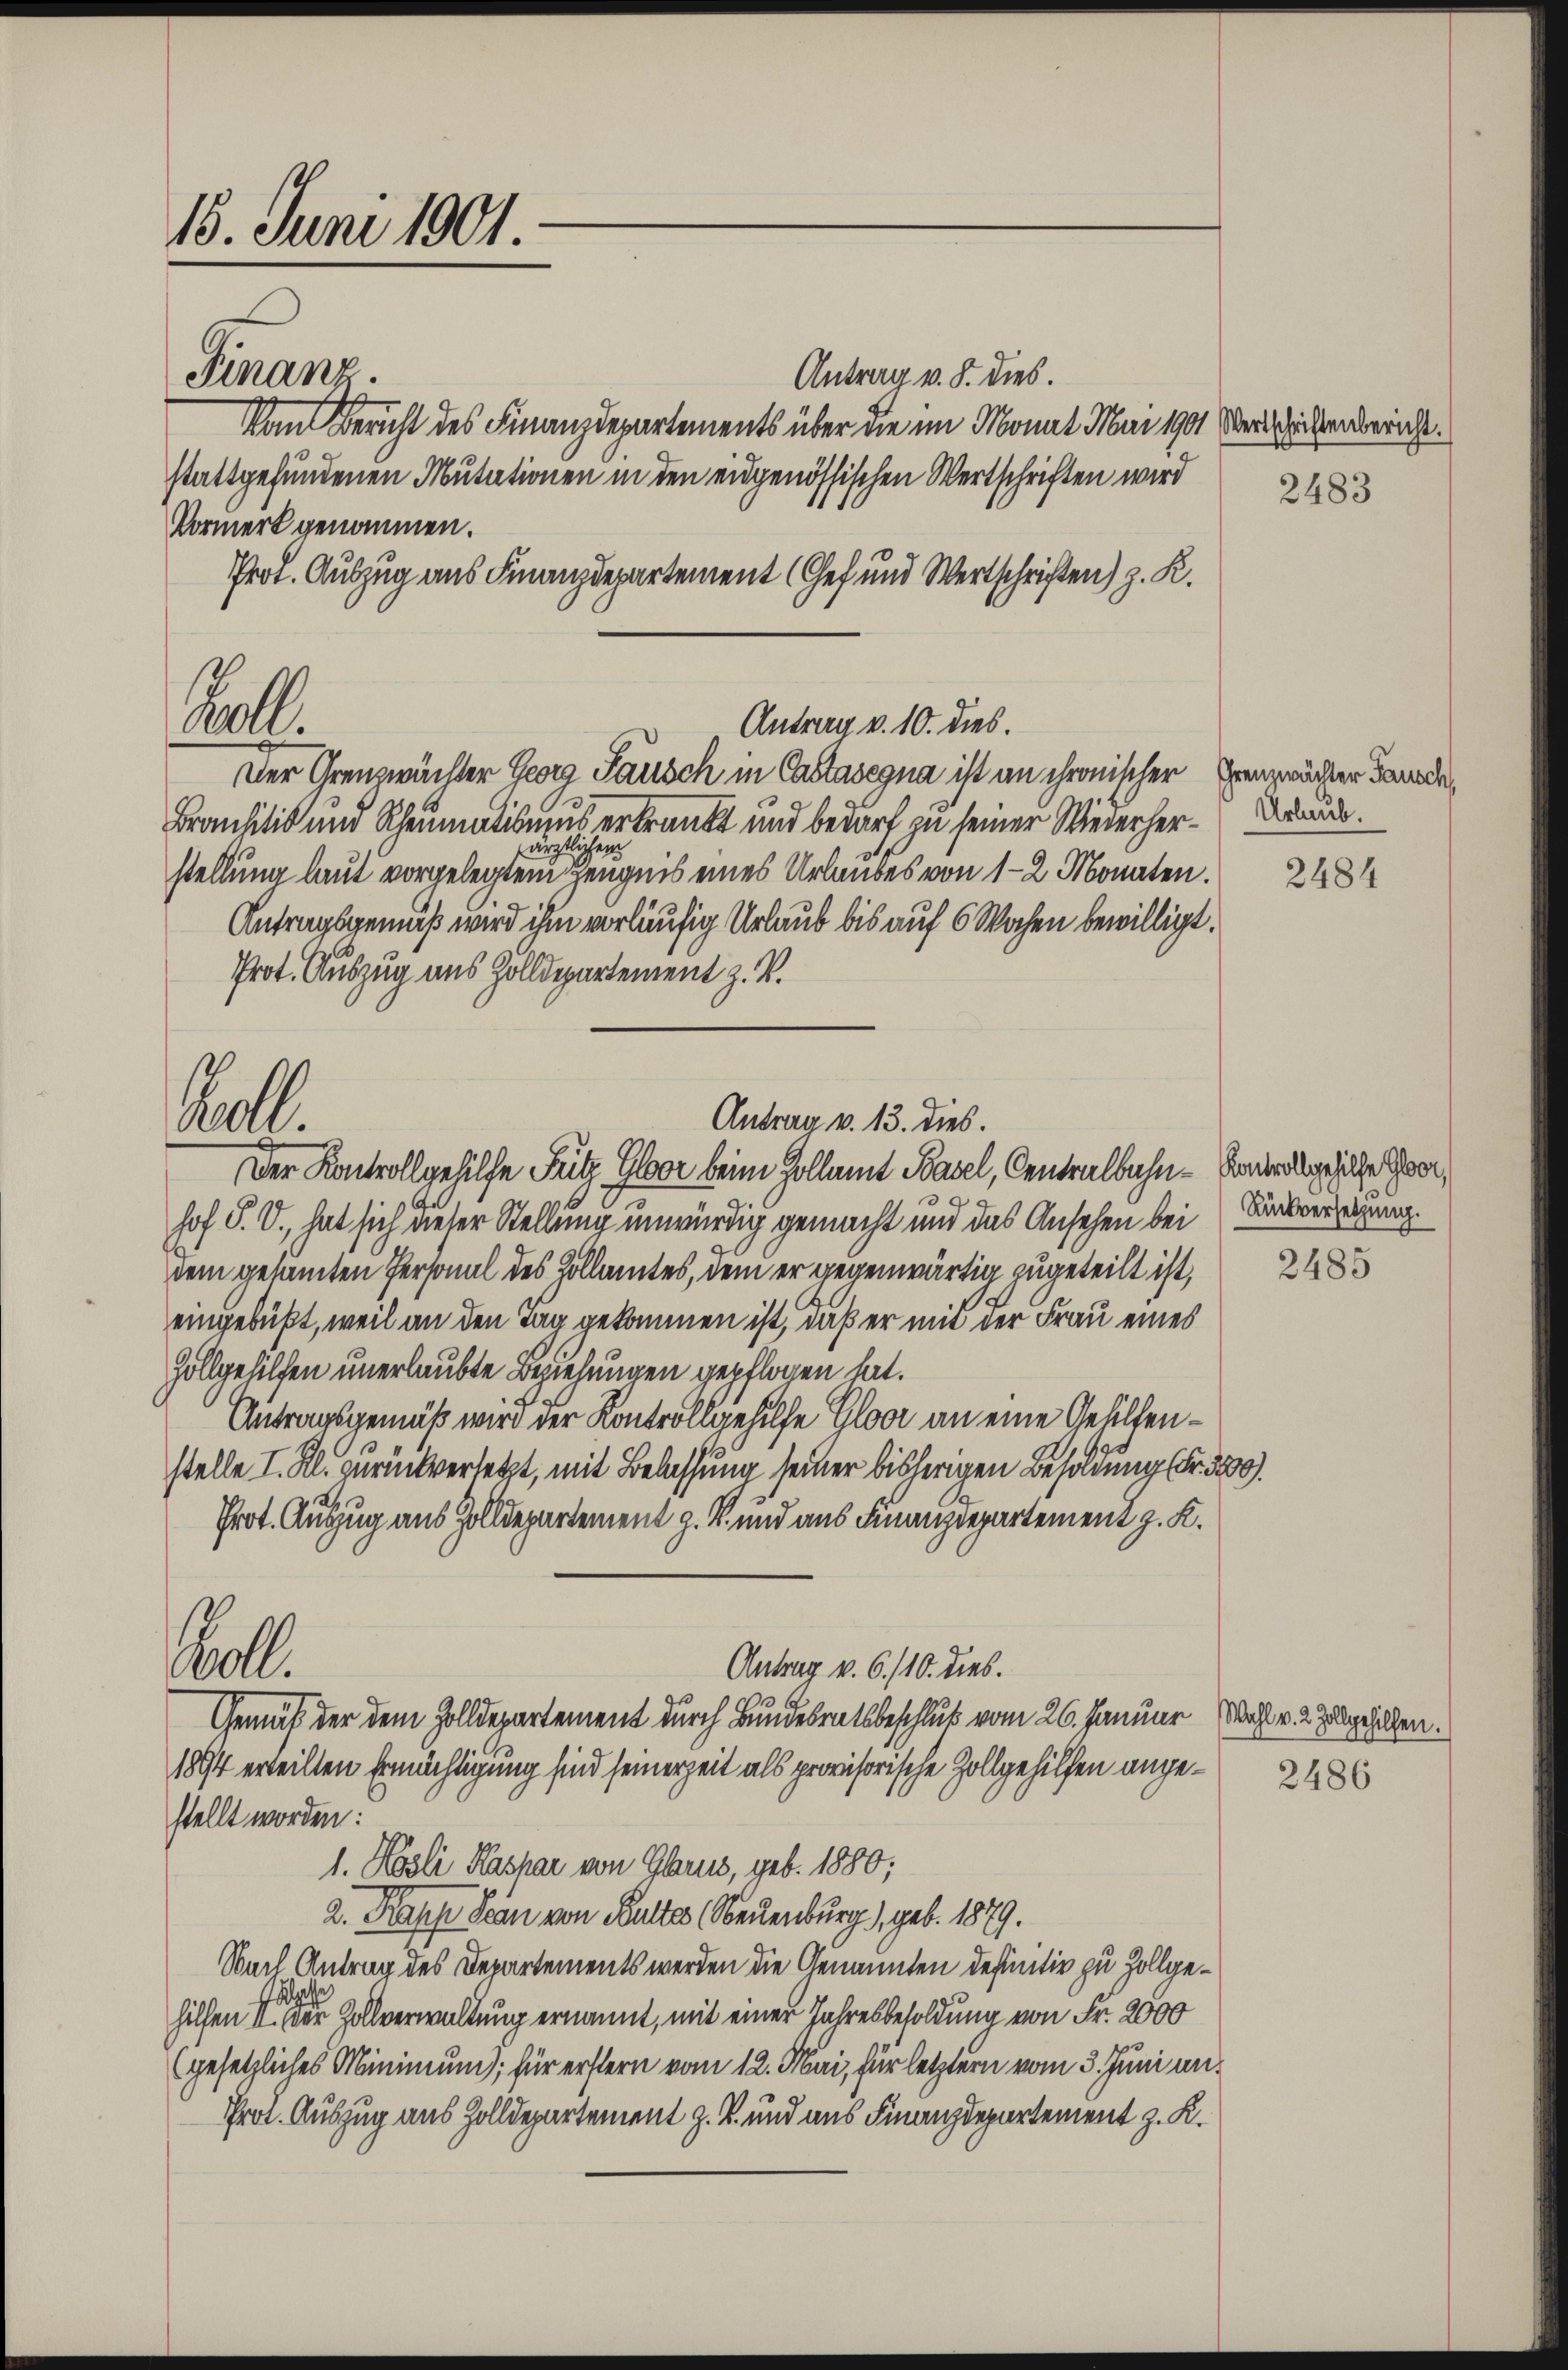
15. Juni 1901.

Finanz.

Antrag v. 8. dies.
Vom Bericht des Finanzdepartements über die im Monat Mai 1901 Vertheiltenbericht.
stattgefundenen Mutationen in den eidgenössischen Wertschriften wird
Vormerk genommen.
Prof. Auszug aus Finanzdepartement (Chef und Wertschriften) z. K.
Der Grenzwächter Georg Pausch in Castasegna ist an chronischer Grenzwachter Lande
Branhilis und Rheumatismus erkrankt und bedarf zu seiner Wiederhersärztlichen
stellung laut vorgelegten Zeugnis eines Urlaubes von 1-2 Monaten.
Antragsgemäß wird ihm vorläufig Urlaub bis auf 6 Wochen bewilligt.
Prot. Auszug aus Zolldepartement z. B.
Der Kontrollgehilfe Fütz Glor beim Zollamt Basel, Centralbahn-Anderabgehalte war,
9
hof P. V., hat sich dieser Stellung unwürdig gemacht und das Ansehen bei Rückverzeigung.
dem gesamten Personal des Zollamtes, dem er gegenwärtig zugeteilt ist,
eingebüßt, weil an den Tag gekommen ist, daß er mit der Frau eines
Zollgehilfen unerlaubte Beziehungen gepflogen hat.
Antragsgemäß wird der Kontrollgehilfe Gloor an eine Gehilfenstelle I. Kl. zurückversetzt, mit Belassung seiner bisherigen Besoldung (Fr. 3200.
Prot. Auszug aus Zolldepartement z. B. und aus Finanzdepartement z. K.
.
Antrag v. 6./10. dies.
Gemäß der dem Zolldepartement durch Bundesratsbeschluß vom 26. Januar (Wahl v. 2. Zugeholfen.
1894 erteilten Ermächtigung sind seinerzeit als provisorische Zollgehilfen angestellt worden:
1. Hösli Kaspar von Glarus, geb. 1880;
2. Kasse Scan von Baltes Neuenburg), geb. 1879.
Sail Antrag des Departements werden die Genannten definitiv zu Zollgehilfen der Zollverwaltung ernannt, mit einer Jahresbesoldung von Fr. 2000
(gesetzliches Minimum); für erstern vom 12. Mai, für letztern vom 3. Juni un¬
Prot. Auszug aus Zolldepartement z. B. und aus Finanzdepartement z. K.

Bett.

Antrag v. 10. dies.

Rell.
Antrag v. 13. dies.

2483

Urlaub.

2484

2485

2486